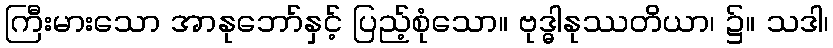
ကြီးမားသော အာနုဘော်နှင့် ပြည့်စုံသော။ ဗုဒ္ဓါနုဿတိယာ၊ ၌။ သဒါ၊